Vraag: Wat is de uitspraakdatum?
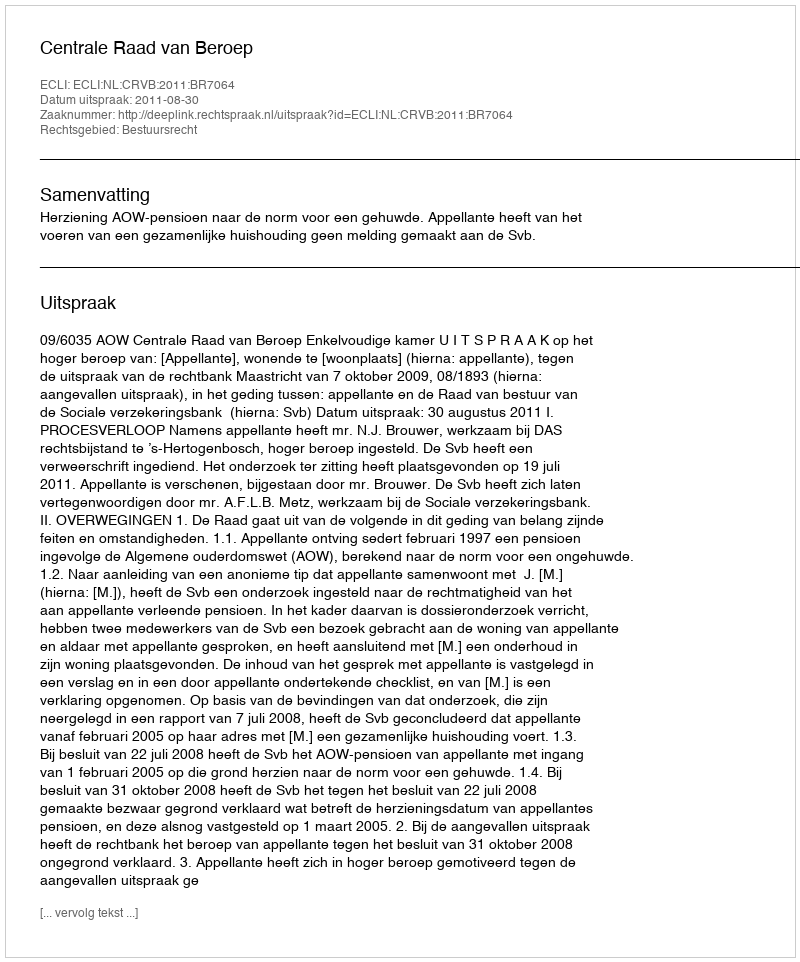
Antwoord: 2011-08-30